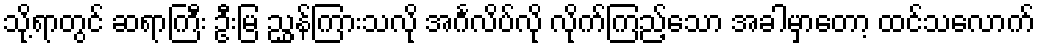
သို့ရာတွင် ဆရာကြီး ဦးမြ ညွှန်ကြားသလို အင်္ဂလိပ်လို လိုက်ကြည့်သော အခါမှာတော့ ထင်သလောက်